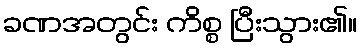
ခဏအတွင်း ကိစ္စ ပြီးသွား၏။